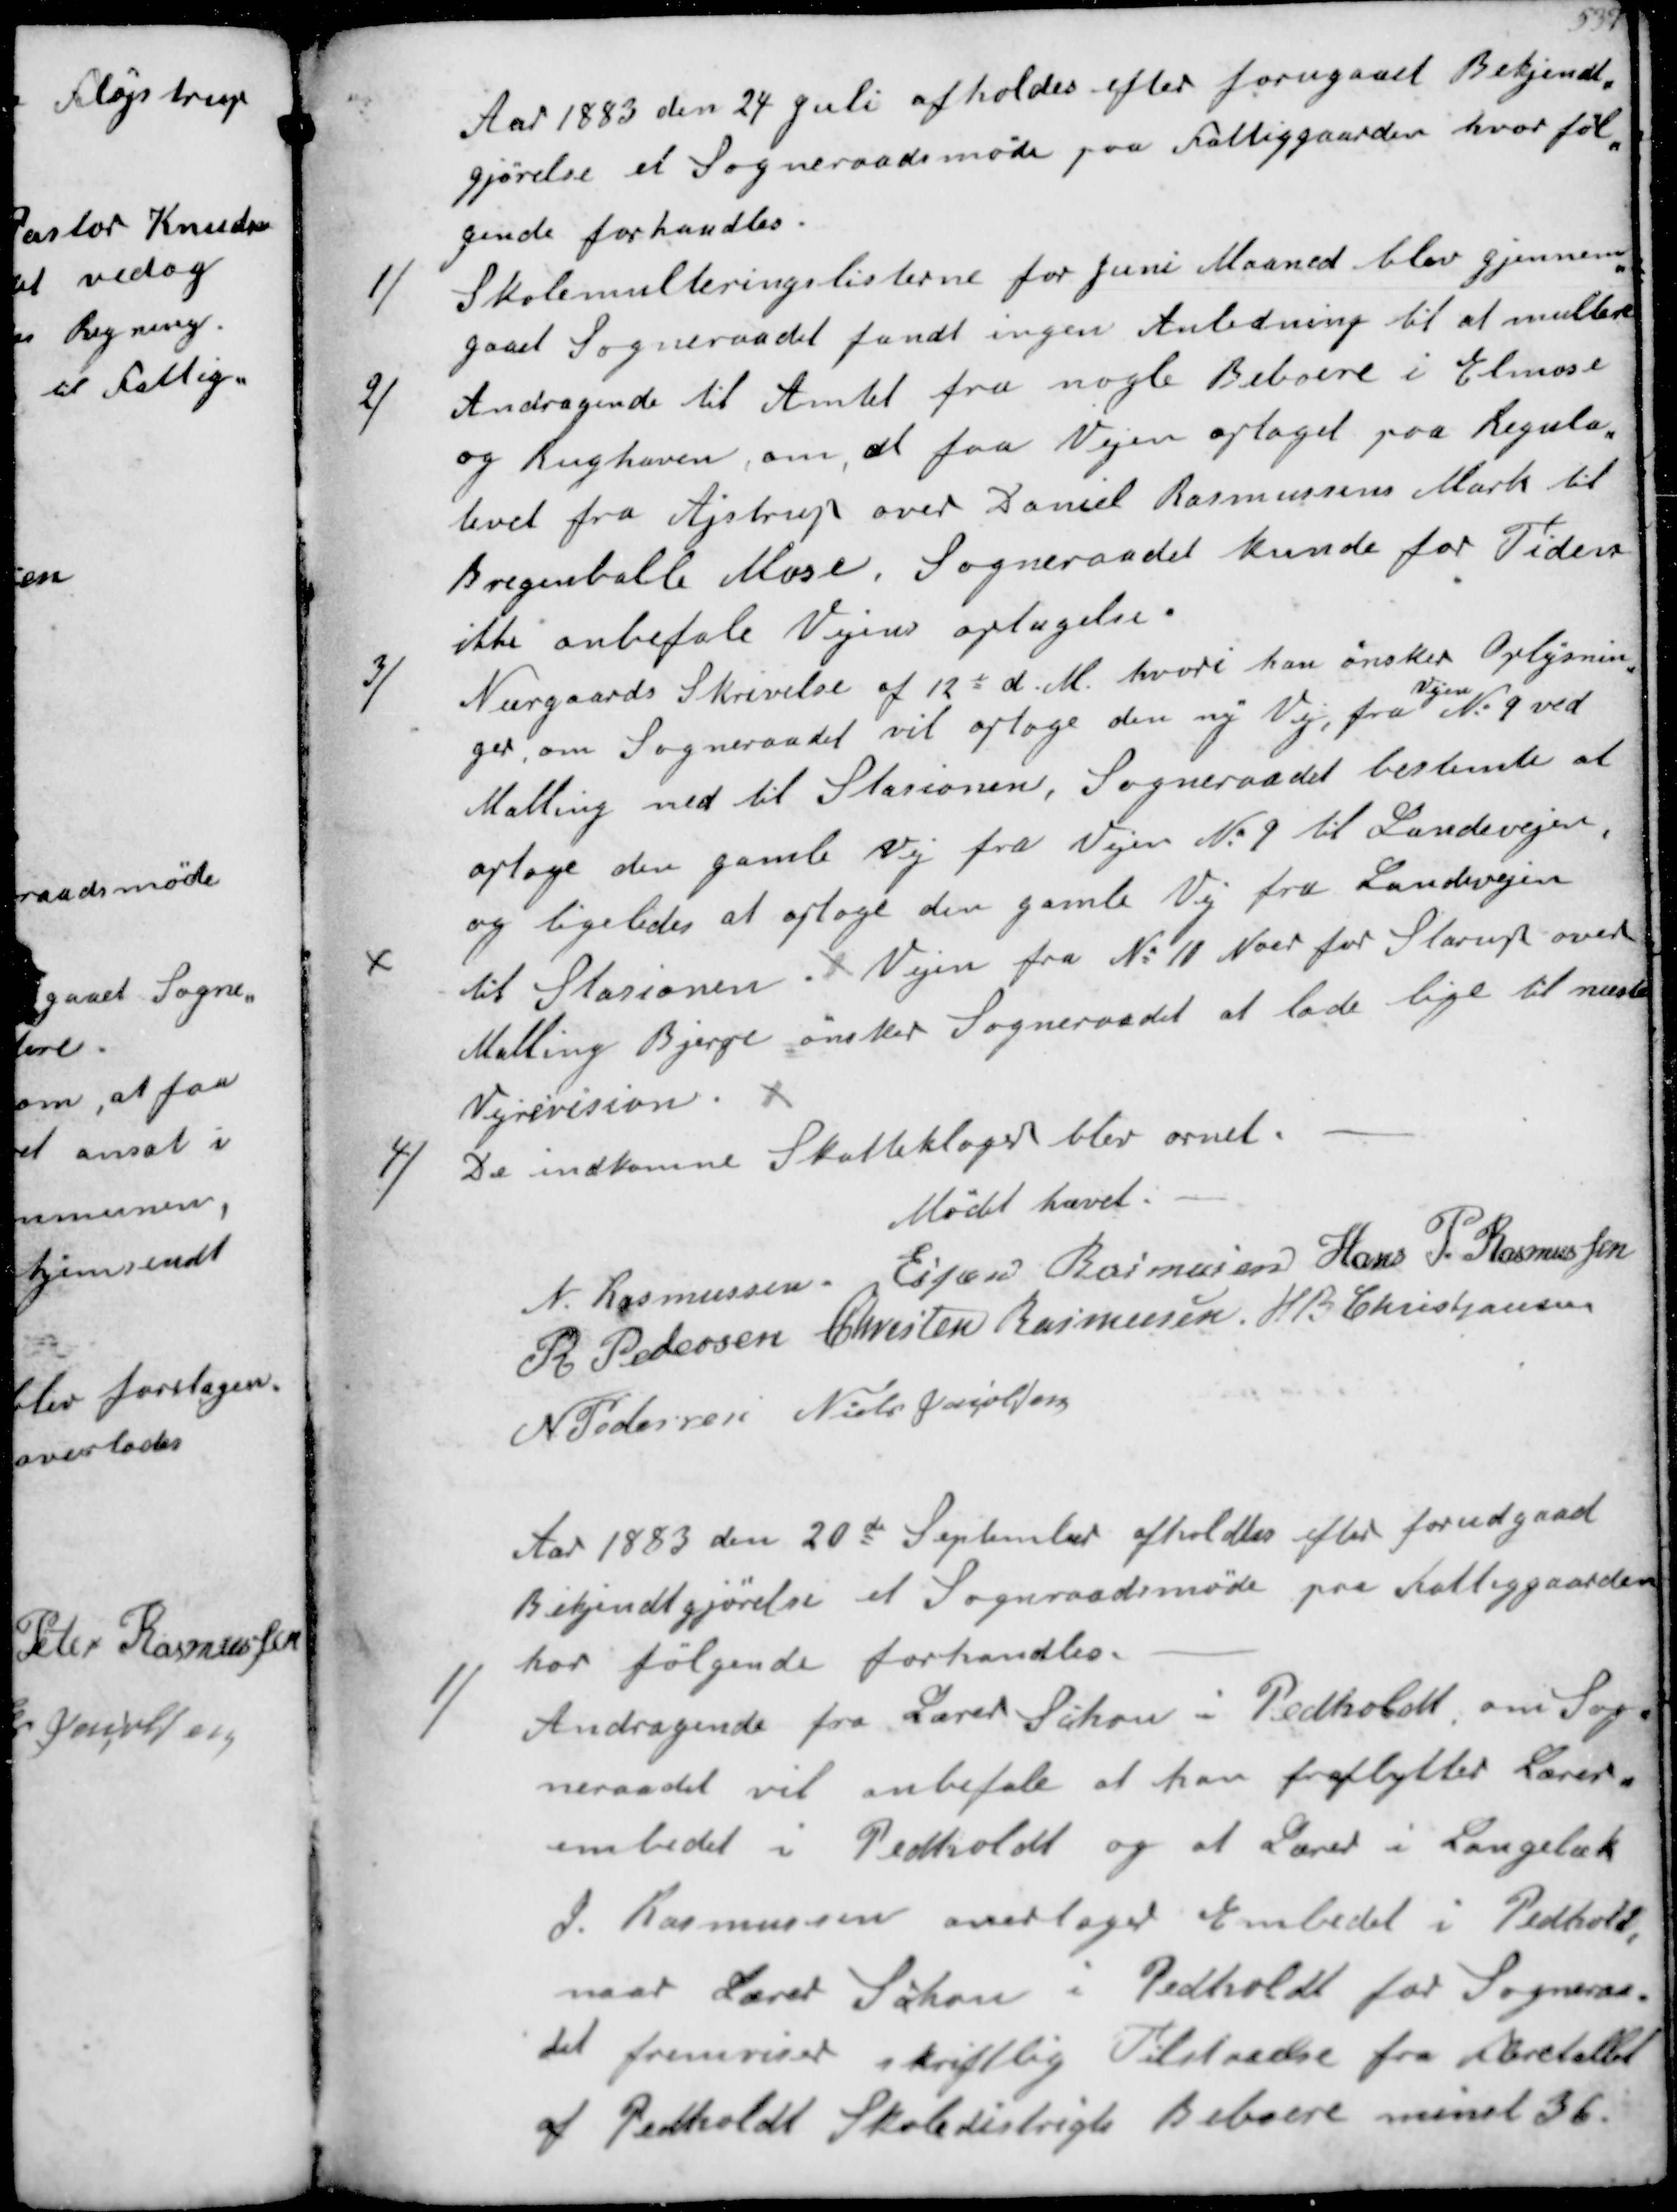
Transskription:
Aar 1883 den 24 Juli afholdes efter forugaaet Bekjendt-
gørelse et Sogneraadsmøde paa Fattiggaarden hvor føl-
gende forhandles.
1/
Skolemulteringslisterne for Juni Maaned blev gjennem-
gaaet Sogneraadet fandt ingen Anledning til at multere
2/
Andragende til Amtet fra nogle Beboere i Elmose
og Rughaven om, at faa Vejen optaget  paa Regula-
tivet fra Ajstrup over Daniel Rasmussens Mark til
Bregenballe Mose. Sogneraadet kunne for Tiden
ikke anbefale Vejens optagelse.
3/
Neergaards Skrivelse 12 d. M. hvori han ønsker Oplysnin-
ger om Sogneraadet vil optage den ny Vej, fra
Vejen
No. 9 ved
Malling ned til Stationen, Sogneraadet bestemte, at
optage den gamle Vej fra Vejen No. 9 til Landevejen 
og ligeledes at optage den gamle Vej fra Landevejen 
til Stationen
Vejen fra No 11 Nord for Starup over
Malling Bjerge ønsker Sogneraadet at lade lige til næste
Vejrevision
4/
De indkomne Skatteklager blev ornet.
Mødet hævet
N Rasmussen
Ejnar Rasmussen
Hans P Rasmussen
R Pedersen
Chresten Rasmussen
H B Christiansen
N Pedersen
Niels Jacobsen

Aar 1883 den 20de September afholdtes efter forudgaad
Bekjendtgørelse et Sogneraadsmøde paa Fattiggaarden
hor følgende forhandles
1/
Andragende fra Lærer Schou i Pedholdt om Sog-
neraadet vil anbefale at han fraflytter Lærer-
embedet i Pedholdt og at Lærer i Langebæk
J. Rasmussen overtager Embedet i Pedholdt
naar Lærer Schou  i Pedholdt for Sogneraa-
det fremfører skriftlig Tilstaaelse fra Fleretallet
af Pedholdt Skoledistrigts Beboere mindst 36